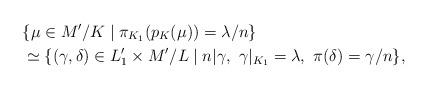
LaTeX: \begin{align*}&\{\mu\in M'/K\mid \pi_{K_1}(p_K(\mu))=\lambda/n\}\\&\simeq \{(\gamma,\delta)\in L'_1\times M'/L\mid n|\gamma,\ \gamma|_{K_1}=\lambda,\ \pi(\delta)=\gamma/n\},\end{align*}